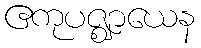
ဧကုပဇ္ဈာယေန